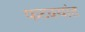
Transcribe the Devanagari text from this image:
फटक्यांत